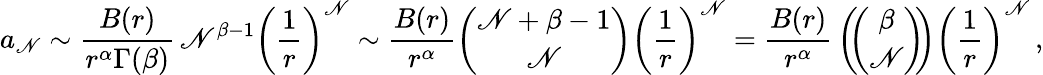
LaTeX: a_{\mathscr{N}}\sim{\frac{{B(r)}}{{r^{\alpha}\Gamma(\beta)}}}\, \mathscr{N}^{\beta-1}\left({\frac{{1}}{{r}}}\right)^{\mathscr{N}}\sim{\frac{{B(r)}}{{r^{\alpha}}}}{\binom{\mathscr{N}+\beta-1}{\mathscr{N}}}\left({\frac{{1}}{{r}}}\right)^{\mathscr{N}}={\frac{{B(r)}}{{r^{\alpha}}}}\left(\! \! {\binom{\beta}{\mathscr{N}}}\! \! \right)\left({\frac{{1}}{{r}}}\right)^{\mathscr{N}}\, ,